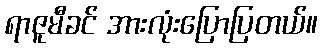
ရာဇူမီခင် အားလုံးပြောပြတယ်။